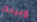
وبينك